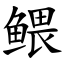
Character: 鳂